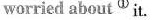
worried about^{①}it.